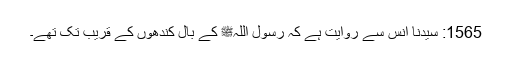
1565: سیدنا انسؓ سے روایت ہے کہ رسول اللہﷺ کے بال کندھوں کے قریب تک تھے۔